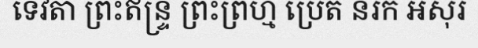
ទេវតា ព្រះឥន្ទ្រ ព្រះព្រហ្ម ប្រេត នរក អសុរ